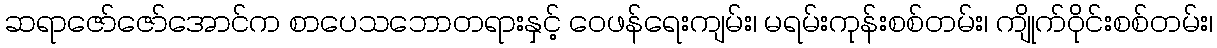
ဆရာဇော်ဇော်အောင်က စာပေသဘောတရားနှင့် ဝေဖန်ရေးကျမ်း၊ မရမ်းကုန်းစစ်တမ်း၊ ကျိုက်ဝိုင်းစစ်တမ်း၊